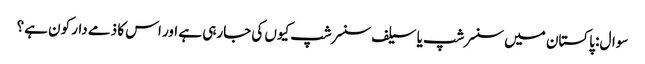
سوال: پاکستان میں سنسرشپ یا سیلف سنسرشپ کیوں کی جارہی ہے اور اس کا ذمے دار کون ہے؟